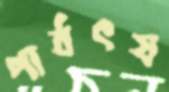
পার্বৎয